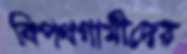
বিপথগামীদের